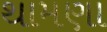
થામણા